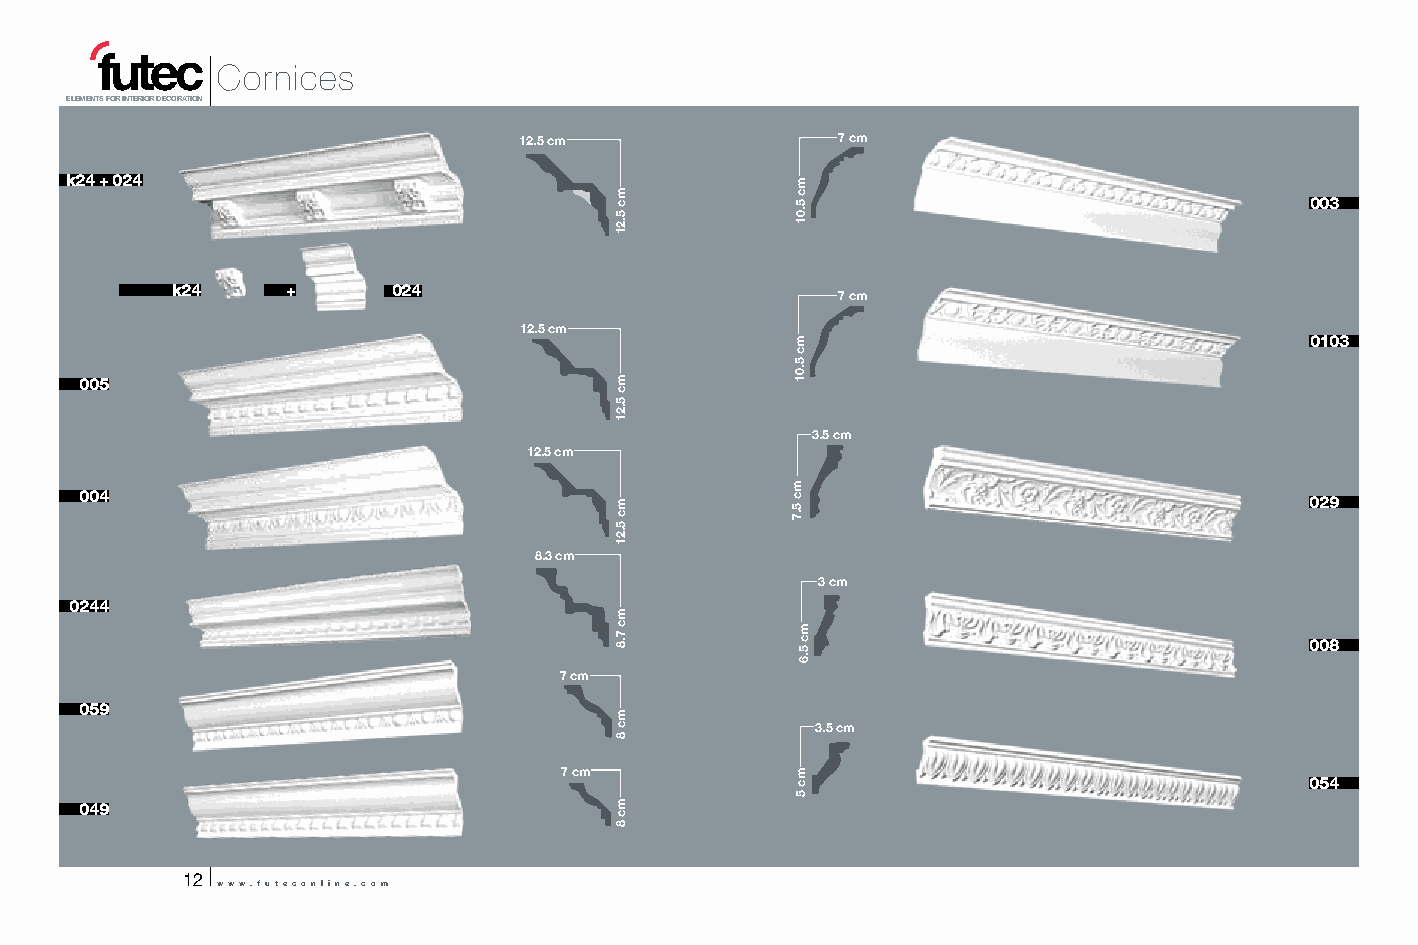
Cornices
 ELEMENTS FOR INTERIOR DECORATION
 12.5 cm              7 cm
 k24 + 024
 003
 k24     +      024                          7 cm
 12.5 cm
 0103
 005
 3.5 cm
 12.5 cm
 004                                                                               029
 8.3 cm
 3 cm
 0244
 008
 7 cm
 059
 3.5 cm
 7 cm
 054
 049
 12
 www.futeconline.com
 mc
 5.21
 mc
 5.21
 mc
 5.21
 mc
 7.8
 mc
 8
 mc
 8
 mc
 5.01
 mc
 5.01
 mc
 5.7
 mc
 5.6
 mc
 5